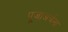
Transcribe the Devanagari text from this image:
पूजाअर्चना